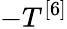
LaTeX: -T^{[6]}